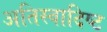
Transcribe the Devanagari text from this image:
अतिस्‍वादिष्‍ट